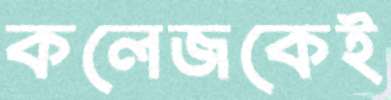
কলেজকেই